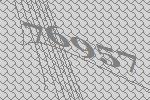
76957